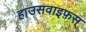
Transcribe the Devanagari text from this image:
हाउसवाइफ़स्